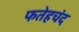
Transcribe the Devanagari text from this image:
फतेहचंद